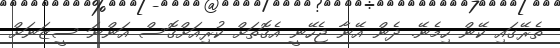
ތެރޭގައި ކޭން ހިމެނޭ. ދެން އޭނާ ޖެހޭނީ އެގޮތަށް ކުރިއަށްގޮސް އަންނަ ސީޒަނަށް